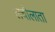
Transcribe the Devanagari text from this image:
लचीलाता